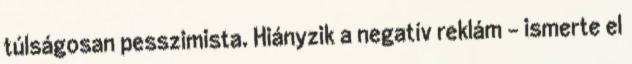
túlságosan pesszimista. Hiányzik a negatív reklám - ismerte el